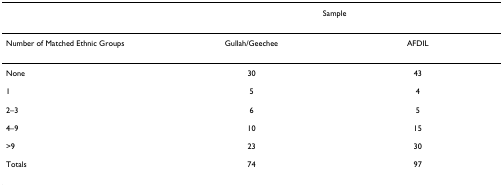
|  | <COLSPAN=2> Sample |
 | --- | --- | --- |
 | Number of Matched Ethnic Groups | Gullah/Geechee | AFDIL |
 | None | 30 | 43 |
 | 1 | 5 | 4 |
 | 2–3 | 6 | 5 |
 | 4–9 | 10 | 15 |
 | >9 | 23 | 30 |
 | Totals | 74 | 97 |